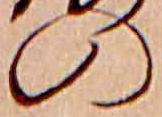
の